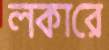
লকারে